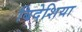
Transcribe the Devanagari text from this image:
बिदेशिया